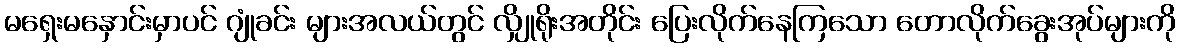
မရှေးမနှောင်းမှာပင် ဂျုံခင်း များအလယ်တွင် လျှိုရိုးအတိုင်း ပြေးလိုက်နေကြသော တောလိုက်ခွေးအုပ်များကို